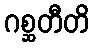
ဂစ္ဆတီတိ